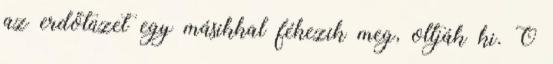
az erdőtüzet egy másikkal fékezik meg, oltják ki. Ő